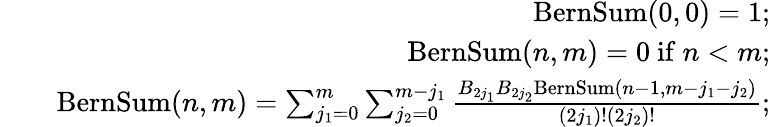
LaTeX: \begin{array}{rlr}&{}&{\mathrm{BernSum}(0,0)=1;}\\ &{}&{\mathrm{BernSum}(n,m)=0\mathrm{~if~}n<m;}\\ &{}&{\mathrm{BernSum}(n,m)=\sum_{j_{1}=0}^{m}\sum_{j_{2}=0}^{m-j_{1}}\frac{B_{2j_{1}}B_{2j_{2}}\mathrm{BernSum}(n-1,m-j_{1}-j_{2})}{(2j_{1})!(2j_{2})!};}\end{array}